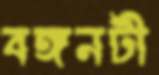
বঙ্গনটী